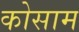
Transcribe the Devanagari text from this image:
कोसाम